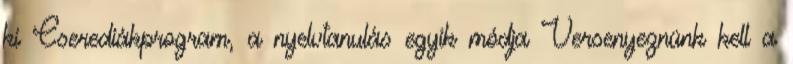
ki Cserediákprogram, a nyelvtanulás egyik módja Versenyeznünk kell a